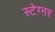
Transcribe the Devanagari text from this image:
स्टेग्नर